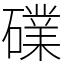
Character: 礏